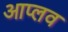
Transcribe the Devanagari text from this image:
आप्लव